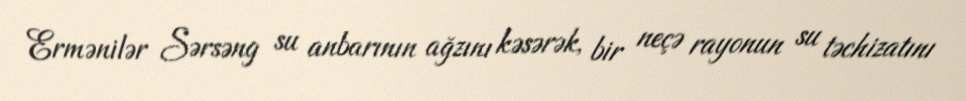
Ermənilər Sərsəng su anbarının ağzını kəsərək, bir neçə rayonun su təchizatını